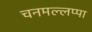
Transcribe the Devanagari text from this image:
चनमल्लप्पा